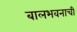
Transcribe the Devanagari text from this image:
बालभवनाची